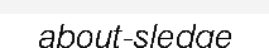
about-sledge